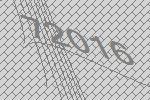
72016